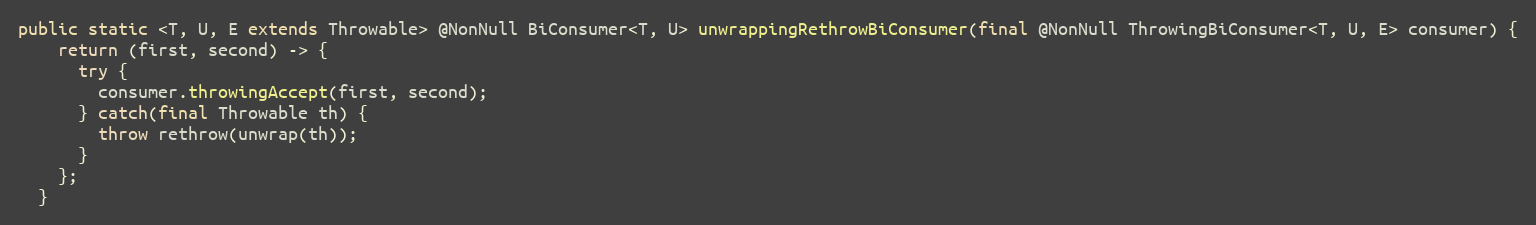
Language: Java
public static <T, U, E extends Throwable> @NonNull BiConsumer<T, U> unwrappingRethrowBiConsumer(final @NonNull ThrowingBiConsumer<T, U, E> consumer) {
    return (first, second) -> {
      try {
        consumer.throwingAccept(first, second);
      } catch(final Throwable th) {
        throw rethrow(unwrap(th));
      }
    };
  }